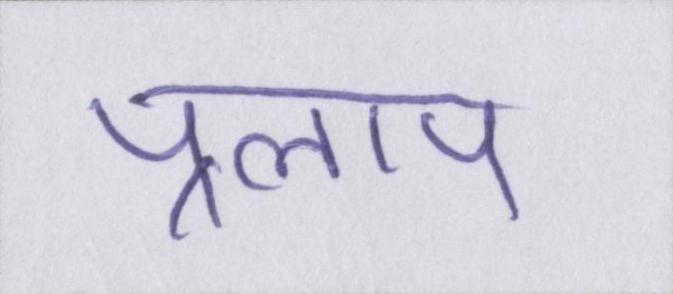
प्रलाप